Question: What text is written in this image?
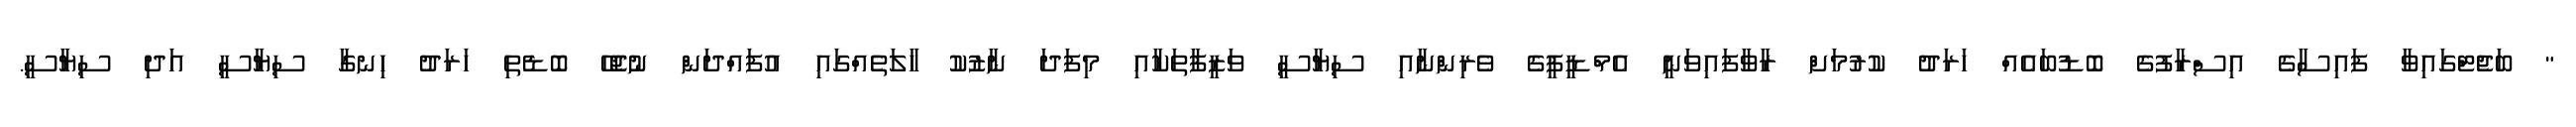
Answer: " ބަޖެޓްގައިވާ ފައިސާގެ އިސްރާފުގެ ބޮޑުބައެއް ހަރަދު ކުރުމަށް ރާވާފައިވަނީ އެމްޑީޕީގެ ވެރިންނާއި ސިޔާސީ ވަޒީފާތަކާއި މިފަދަ ނާޒުކު ހާލަތެއްގައި އުފައްދަން ނުޖެހޭ ބޮޑެތި ހަރަދު ހިނގާ ސިޔާސީ އަދި ސިޔާސީ.